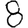
Digit: 8